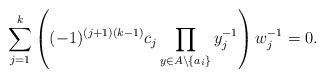
LaTeX: \begin{align*}\sum_{j=1}^{k} \left( (-1)^{(j+1)(k-1)} c_{j} \prod_{y \in A \setminus \{a_{i}\}} y_{j}^{-1} \right) w_{j}^{-1} = 0.\end{align*}